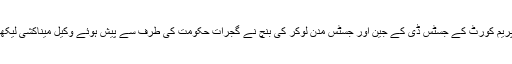
ایسا حکم دیتے ہوئے سپریم کورٹ کے جسٹس ڈی کے جین اور جسٹس مدن لوکر کی بنچ نے گجرات حکومت کی طرف سے پیش ہوئے وکیل میناکشی لیکھی کی دلیلوں کو سنا تھا۔